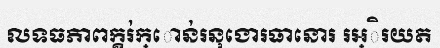
លទធភាពក្គរ់ក្ោន់រនុងោរធានោរ រអ្ិរយត